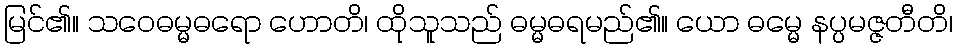
မြင်၏။ သဝေဓမ္မဓရော ဟောတိ၊ ထိုသူသည် ဓမ္မဓရမည်၏။ ယော ဓမ္မေ နပ္ပမဇ္ဇတီတိ၊